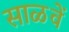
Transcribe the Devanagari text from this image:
साळवें